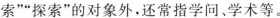
索”“探索”的对象外，还常指学问。学术等。